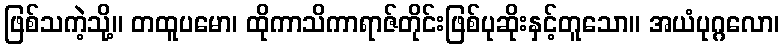
ဖြစ်သကဲ့သို့။ တထူပမော၊ ထိုကာသိကာရာဇ်တိုင်းဖြစ်ပုဆိုးနှင့်တူသော။ အယံပုဂ္ဂလော၊